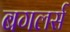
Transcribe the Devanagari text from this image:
बगलर्स